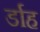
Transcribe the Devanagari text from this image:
र्डाह